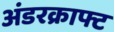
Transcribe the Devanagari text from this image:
अंडरक्राफ्ट